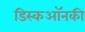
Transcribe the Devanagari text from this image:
डिस्कऑनकी